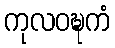
ကုလဝဍ္ဎကံ